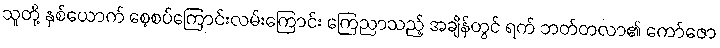
သူတို့ နှစ်ယောက် စေ့စပ်ကြောင်းလမ်းကြောင်း ကြေညာသည့် အချိန်တွင် ရက် ဘတ်တလာ၏ ကော်ဇော